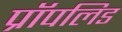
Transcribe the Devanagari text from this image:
प्रॉपलिड